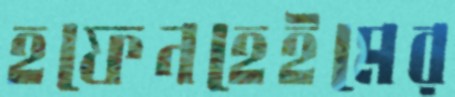
হফেনহেইমের